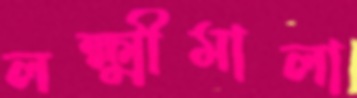
লক্ষ্মীমালা